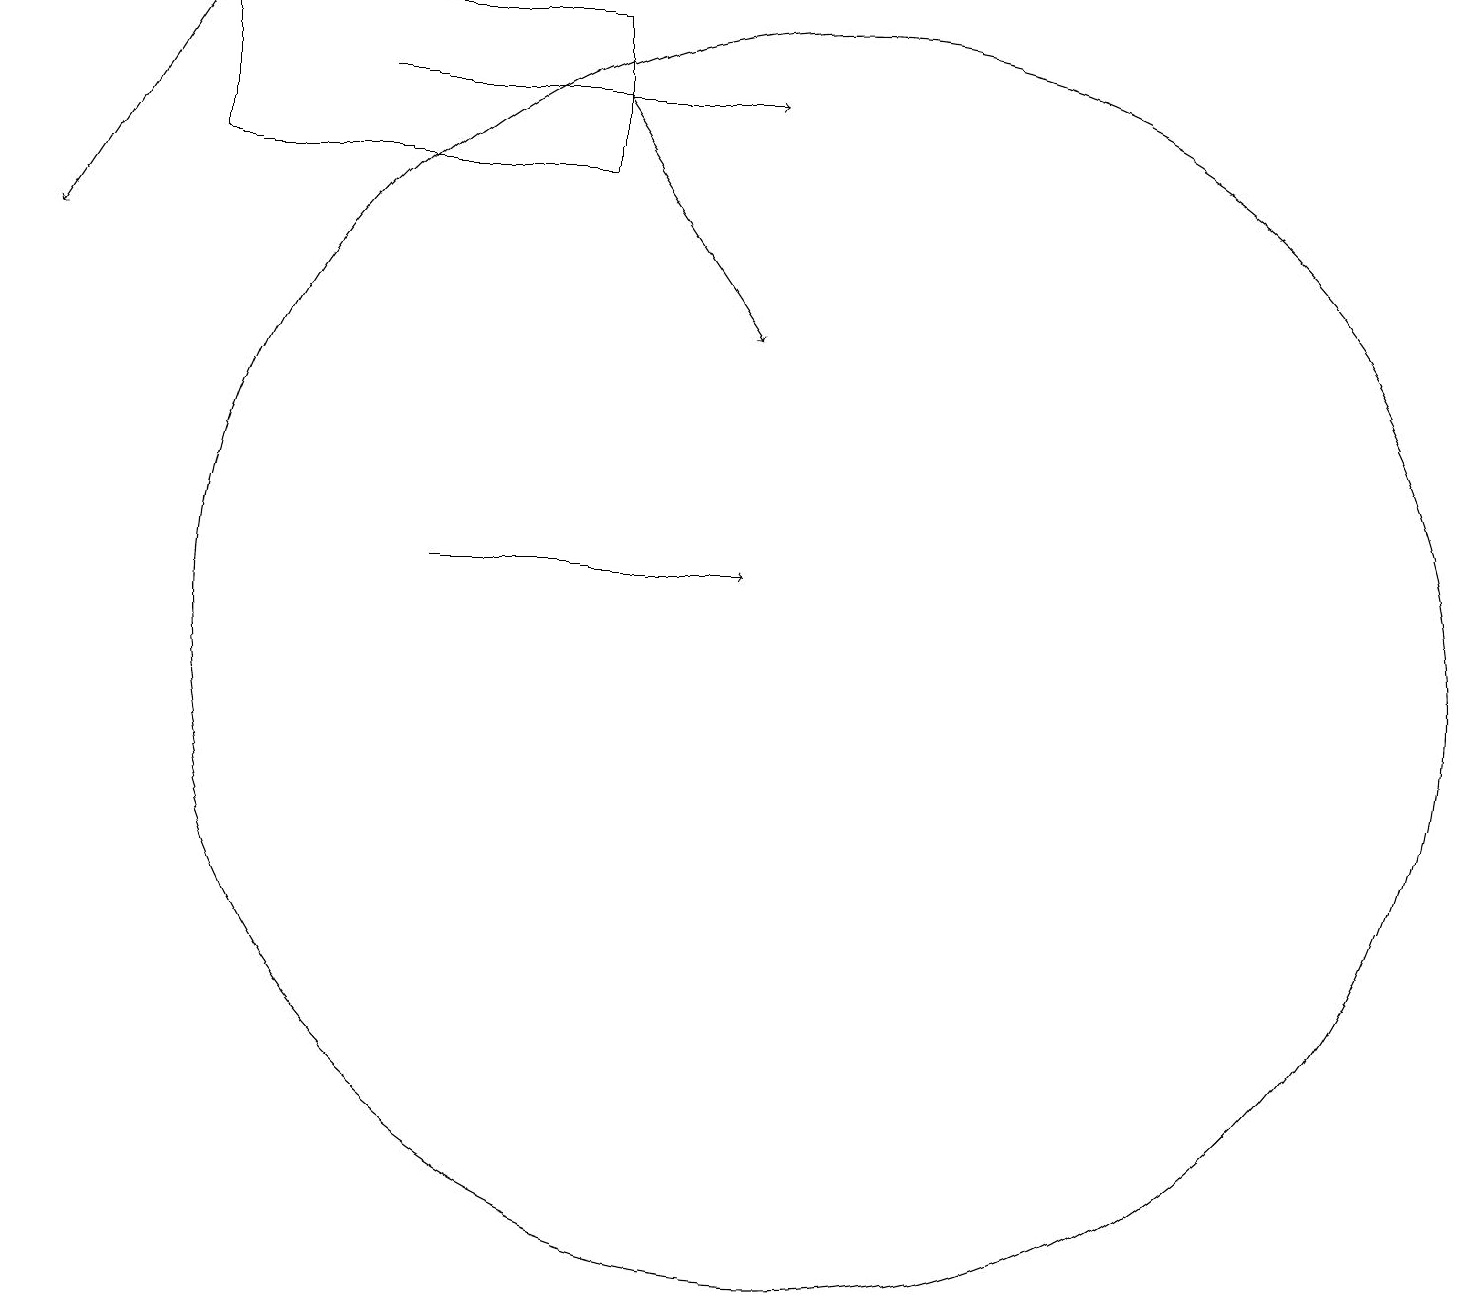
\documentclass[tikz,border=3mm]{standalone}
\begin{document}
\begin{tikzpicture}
\draw (7,19) rectangle (2,17);
\draw[->] (2,19) -- (0,16);
\draw (10,11) circle (8);
\draw[->] (5,12) -- (9,12);
\draw[->] (7,18) -- (9,15);
\draw[->] (4,18) -- (9,18);
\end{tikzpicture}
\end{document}